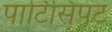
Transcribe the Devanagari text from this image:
पार्टिसिपंट